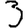
Digit: 3